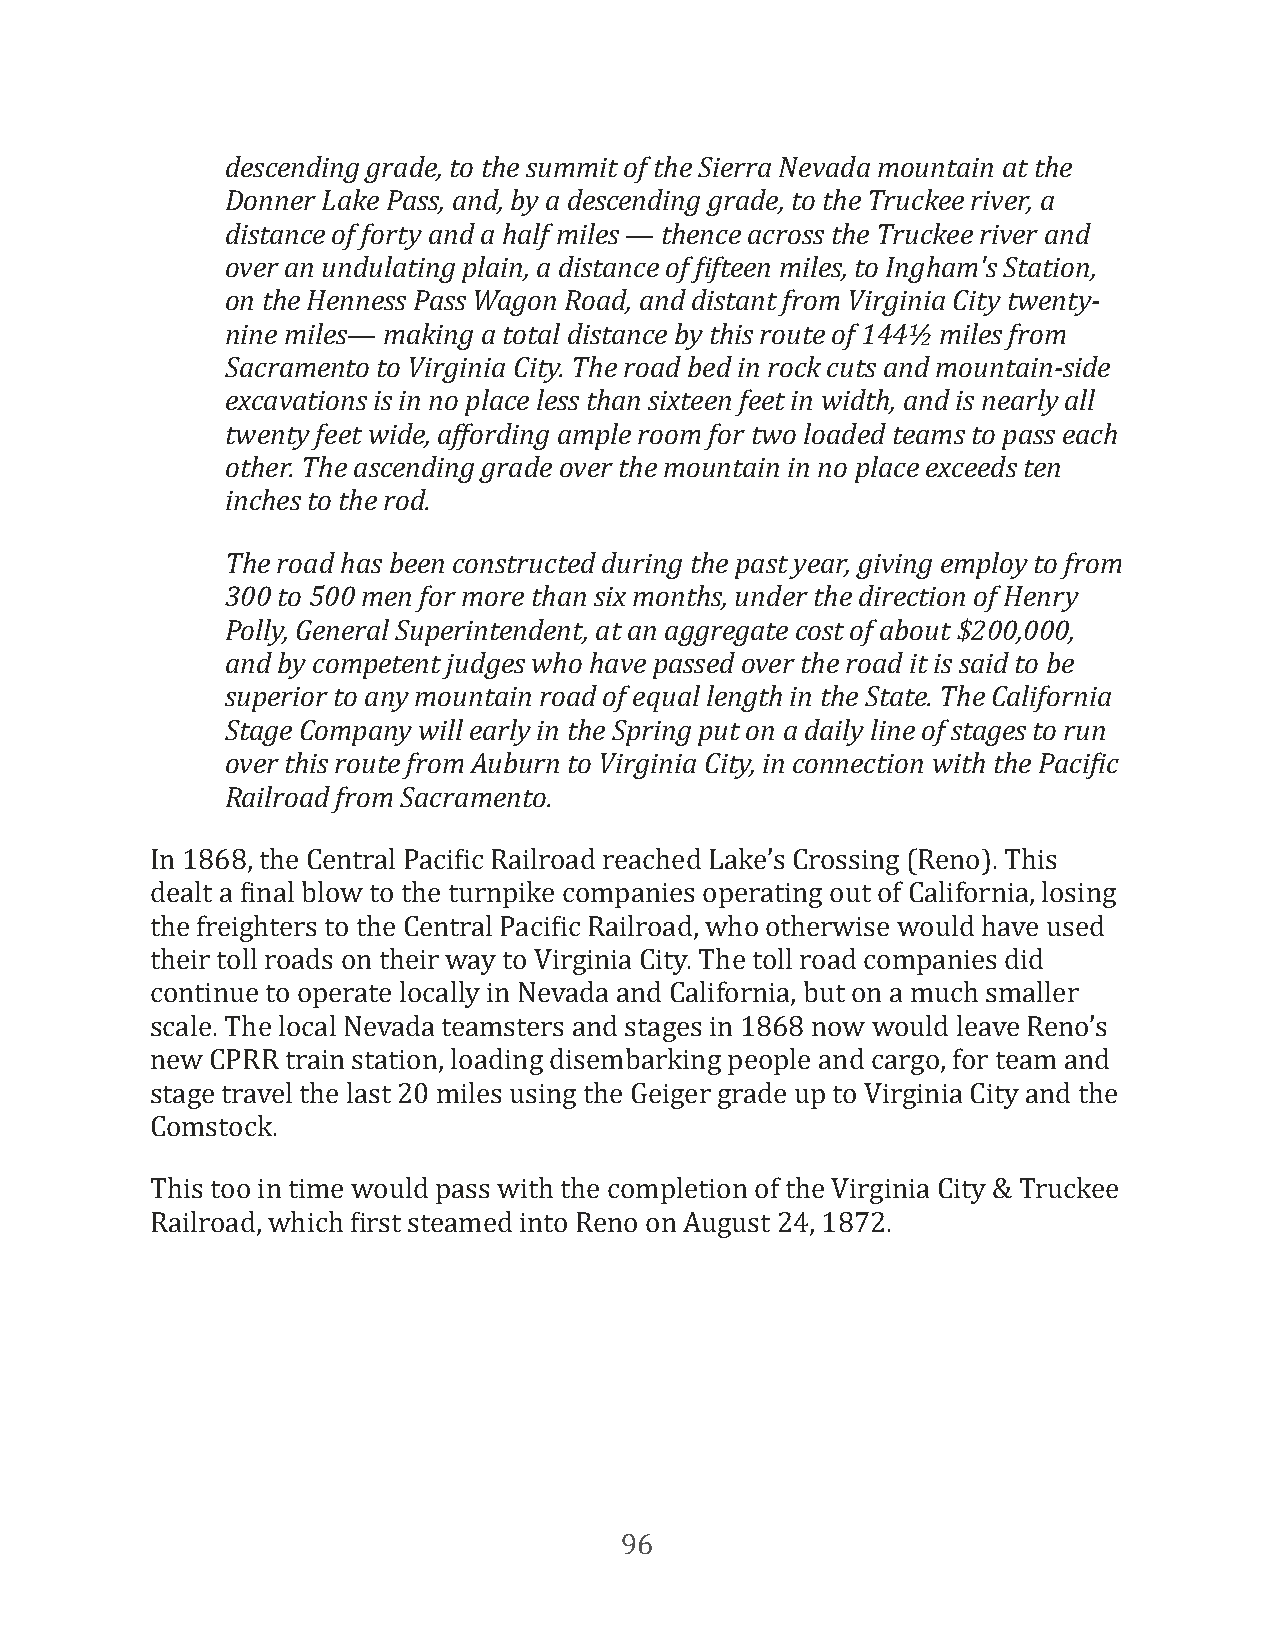
descending grade, to the summit of the Sierra Nevada mountain at the
 Donner Lake Pass, and, by a descending grade, to the Truckee river, a
 distance of forty and a half miles — thence across the Truckee river and
 over an undulating plain, a distance of eifteen miles, to Ingham's Station,
 on the Henness Pass Wagon Road, and distant from Virginia City twenty-
 nine miles— making a total distance by this route of 144½ miles from
 Sacramento to Virginia City. The road bed in rock cuts and mountain-side
 excavations is in no place less than sixteen feet in width, and is nearly all
 twenty feet wide, affording ample room for two loaded teams to pass each
 other. The ascending grade over the mountain in no place exceeds ten
 inches to the rod.
 The road has been constructed during the past year, giving employ to from
 300 to 500 men for more than six months, under the direction of Henry
 Polly, General Superintendent, at an aggregate cost of about $200,000,
 and by competent judges who have passed over the road it is said to be
 superior to any mountain road of equal length in the State. The California
 Stage Company will early in the Spring put on a daily line of stages to run
 over this route from Auburn to Virginia City, in connection with the Pacieic
 Railroad from Sacramento.
 In 1868, the Central PaciFic Railroad reached Lake’s Crossing (Reno). This
 dealt a Final blow to the turnpike companies operating out of California, losing
 the freighters to the Central PaciFic Railroad, who otherwise would have used
 their toll roads on their way to Virginia City. The toll road companies did
 continue to operate locally in Nevada and California, but on a much smaller
 scale. The local Nevada teamsters and stages in 1868 now would leave Reno’s
 new CPRR train station, loading disembarking people and cargo, for team and
 stage travel the last 20 miles using the Geiger grade up to Virginia City and the
 Comstock.
 This too in time would pass with the completion of the Virginia City & Truckee
 Railroad, which First steamed into Reno on August 24, 1872.
 96